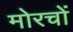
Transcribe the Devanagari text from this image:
मोरचों